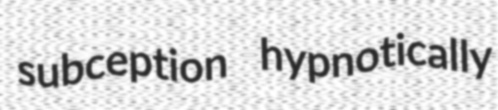
subception hypnotically